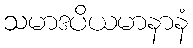
သမာဒပိယမာနာနံ